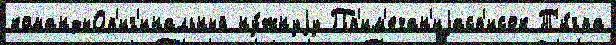
командыОр'иг'инальный ну́жнуjу Пр'им'ечан'иjасп'исок Т'и́гра